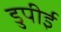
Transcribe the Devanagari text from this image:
डुपीई